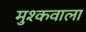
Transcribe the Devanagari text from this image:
मुश्कवाला